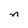
Character: n